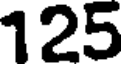
125